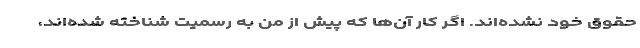
حقوق خود نشده‌اند. اگر کار آن‌ها که پیش از من به رسمیت شناخته شده‌اند،